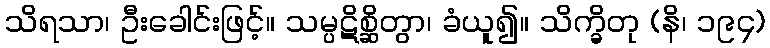
သိရသာ၊ ဦးခေါင်းဖြင့်။ သမ္ပဋိစ္ဆိတွာ၊ ခံယူ၍။ သိက္ခိတု (နိ၊ ၁၉၄)